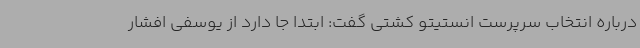
درباره انتخاب سرپرست انستیتو کشتی گفت: ابتدا جا دارد از یوسفی افشار